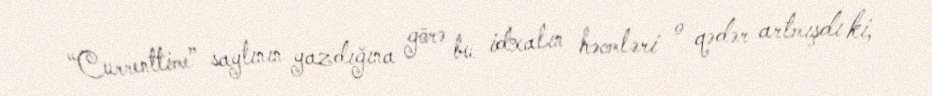
“Currenttime” saytının yazdığına görə bu idxalın həcmləri o qədər artmışdı ki,